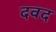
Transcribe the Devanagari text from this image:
दवद